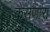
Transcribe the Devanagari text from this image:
कसणारा